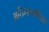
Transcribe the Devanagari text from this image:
अतिनाटकीयता